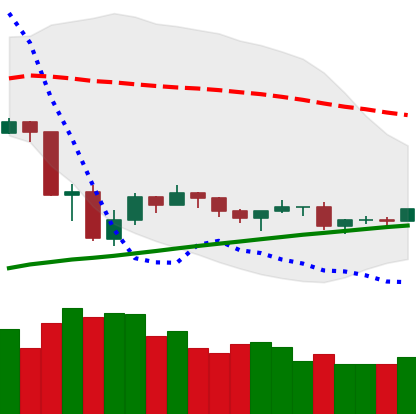
Ticker: ETH-USD
Chart end date: 2019-07-31
Forward return: 7.117%
Label: up_7plus